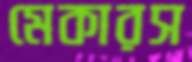
মেকারস